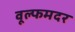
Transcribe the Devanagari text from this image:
वूल्‍फमदर